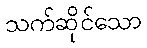
သက်ဆိုင်သော